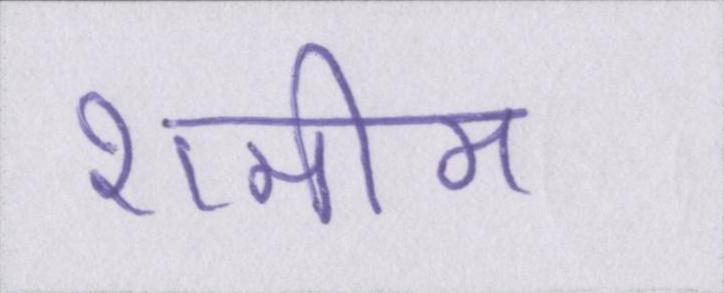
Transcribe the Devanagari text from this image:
शमीम